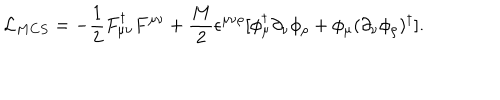
{ \cal L } _ { M C S } = - \frac { 1 } { 2 } F _ { \mu \nu } ^ { \dagger } F ^ { \mu \nu } + \frac { M } { 2 } \epsilon ^ { \mu \nu \rho } [ \phi _ { \mu } ^ { \dagger } \partial _ { \nu } \phi _ { \rho } + \phi _ { \mu } ( \partial _ { \nu } \phi _ { \rho } ) ^ { \dagger } ] .